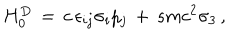
H _ { 0 } ^ { D } \, = \, c \, \epsilon _ { i j } \sigma _ { i } p _ { j } \, + \, s m c ^ { 2 } \sigma _ { 3 } \, ,